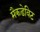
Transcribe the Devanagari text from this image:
मैकडेविट